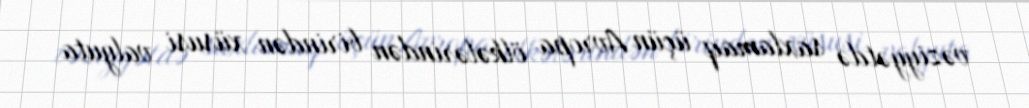
vəziyyətdə saxlamaq üçün Avropa ölkələrindən birindən xüsusi valyuta